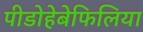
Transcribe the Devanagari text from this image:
पीडोहेबेफिलिया